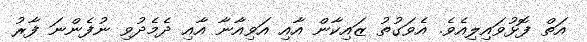
އަތް ފޮޅުވައިލިއެެވެ. އެވަގުތު ޒައިކާން އާއި އަވިއާނާ އާއި ދެމެދުވި ނުފެންނަ ފާރު